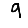
Digit: 9